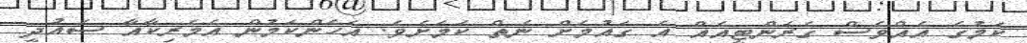
ކަމުގެ އެއްވެސް ގެރަންޓީއެއް އެ ގައުމަށް ނެތް ކަމަށެވެ. އެހެންކަމުން އެމެރިކާއާ ސައުދީ